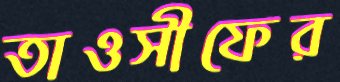
তাওসীফের